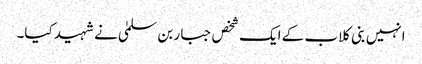
انہیں بنی کلاب کے ایک شخص جبار بن سلمیٰ نے شہید کیا۔